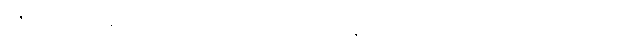
ဂိဇ္ဈကုဋ်အမည်ရှိသော။ ပဗ္ဗတာ၊ တောင်မှ။ ဩရောဟန္တော၊ သက်ဆင်းသည်ရှိသော်။ အညတရိသ္မိံ၊